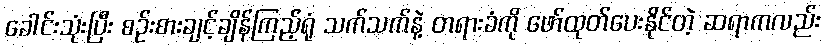
ခေါင်းသုံးပြီး စဉ်းစားချင့်ချိန်ကြည့်ရုံ သက်သက်နဲ့ တရားခံကို ဖော်ထုတ်ပေးနိုင်တဲ့ ဆရာကလည်း